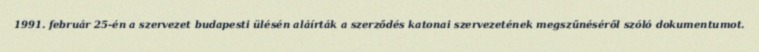
1991. február 25-én a szervezet budapesti ülésén aláírták a szerződés katonai szervezetének megszűnéséről szóló dokumentumot.